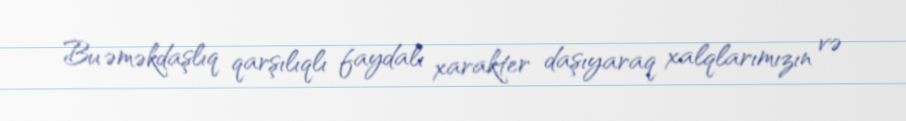
Bu əməkdaşlıq qarşılıqlı faydalı xarakter daşıyaraq xalqlarımızın və